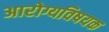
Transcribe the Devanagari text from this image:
अारोग्यविषयक